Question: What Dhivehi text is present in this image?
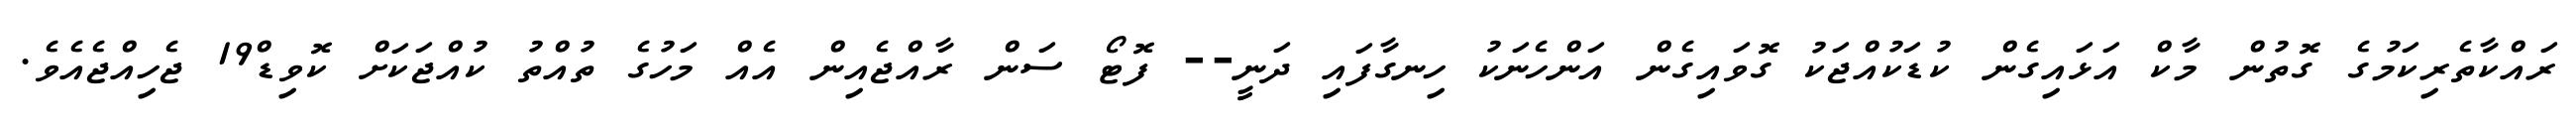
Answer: ރައްކާތެރިކަމުގެ ގޮތުން މާކް އަޅައިގެން ކުޑަކުއްޖަކު ގޮވައިގެން އަންހެނަކު ހިނގާފައި ދަނީ-- ފޮޓޯ ސަން ރާއްޖެއިން އެއް މަހުގެ ތުއްތު ކުއްޖަކަށް ކޮވިޑް19 ޖެހިއްޖެއެވެ.